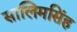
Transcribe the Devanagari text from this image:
सालिमसिंह